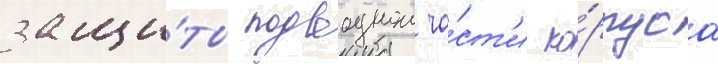
защи́ты подводнои ча́ст'и ко́рпуса